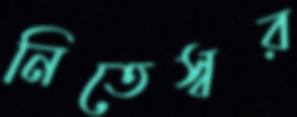
নিতেস্বর